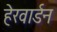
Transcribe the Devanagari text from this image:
हेरवार्डन